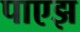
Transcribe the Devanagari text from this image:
पाएझ